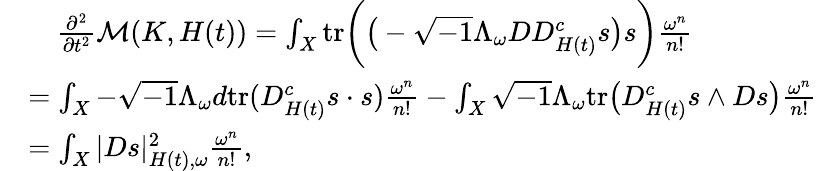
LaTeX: \begin{array}{rl}&{\quad\frac{\partial^{2}}{\partial t^{2}}\mathcal{M}(K,H(t))=\int_{X}\mathrm{tr}\bigg(\big(-\sqrt{-1}\Lambda_{\omega}DD_{H(t)}^{c}s\big)s\bigg)\frac{\omega^{n}}{n!}}\\ &{=\int_{X}-\sqrt{-1}\Lambda_{\omega}d\mathrm{tr}(D_{H(t)}^{c}s\cdot s)\frac{\omega^{n}}{n!}-\int_{X}\sqrt{-1}\Lambda_{\omega}\mathrm{tr}\big(D_{H(t)}^{c}s\wedge Ds\big)\frac{\omega^{n}}{n!}}\\ &{=\int_{X}|Ds|_{H(t),\omega}^{2}\frac{\omega^{n}}{n!},}\end{array}